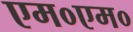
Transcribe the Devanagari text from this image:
एम०एम०